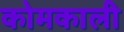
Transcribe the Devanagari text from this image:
कोमकाली